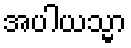
အပါယသ္မာ